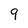
Character: 9